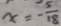
x = - \frac { 5 } { 1 8 }